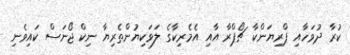
ކުރާ ދުވަހާއި ޕްރިޔަންކާ ޗޯޕްރާ އާއި އެމެރިކާގެ ލަވަކިޔުންތެރިޔާ ނިކް ޖޯނަސް ކައިވެނި